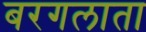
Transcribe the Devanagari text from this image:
बरगलाता